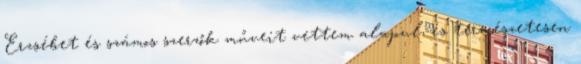
Erzsébet és számos szerzők műveit vettem alapul, és természetesen